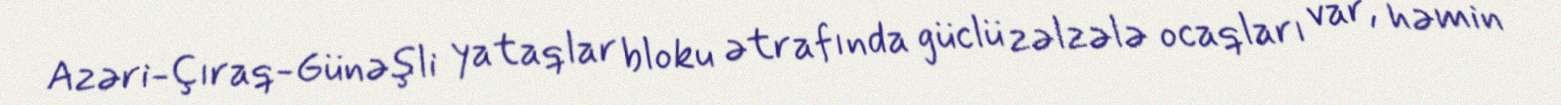
Azəri-Çıraq-Günəşli yataqlar bloku ətrafında güclü zəlzələ ocaqları var, həmin